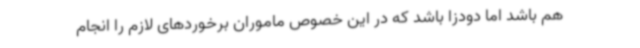
هم باشد اما دودزا باشد که در این خصوص ماموران برخوردهای لازم را انجام